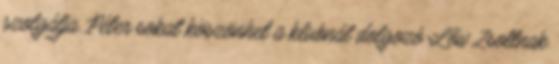
szolgálja. Péter sokat köszönhet a klubnál dolgozó Lőw Zsoltnak